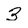
Character: 3